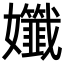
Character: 𡤪